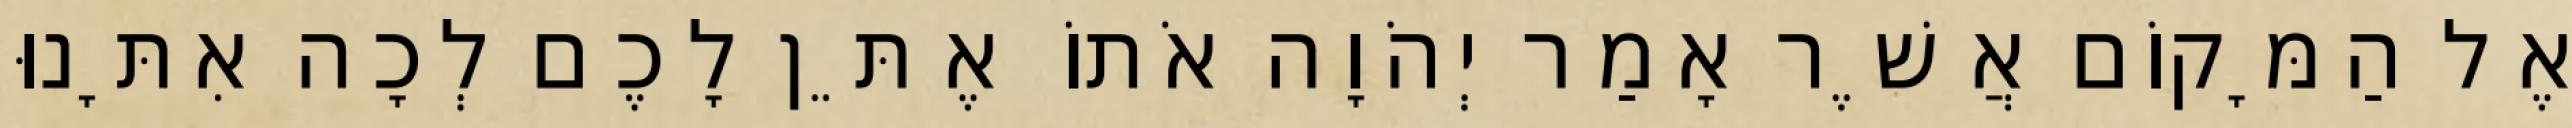
אֶל הַמָּקוֹם אֲשֶׁר אָמַר יְהֹוָה אֹתוֹ אֶתֵּן לָכֶם לְכָה אִתָּנוּ